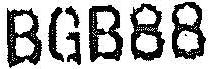
BGB88